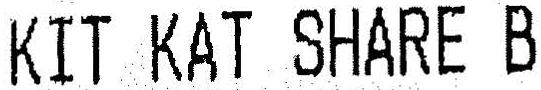
KIT KAT SHARE B